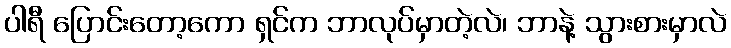
ပါရီ ပြောင်းတော့ကော ရှင်က ဘာလုပ်မှာတဲ့လဲ၊ ဘာနဲ့ သွားစားမှာလဲ